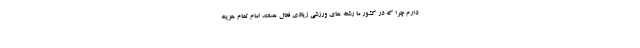
دارم چرا که در کشور ما رشته های ورزشی زیادی فعال هستند امام تمام هزینه